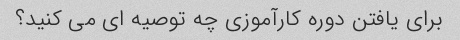
برای یافتن دوره کارآموزی چه توصیه ای می کنید؟